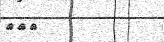
١٠٤